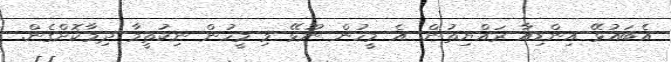
އެބައުޅޭ އިންޑިއާ ރައްޔިތުން. އެ މީހުން ނޫޅޭ މި މީހުން ނިކުތީމާ ދިމާކޮށްގެން.